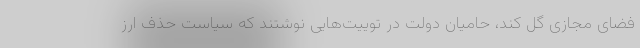
فضای مجازی گل کند، حامیان دولت در توییت‌هایی نوشتند که سیاست حذف ارز